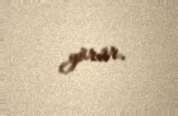
görür.